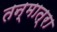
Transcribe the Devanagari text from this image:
तन्मात्रा